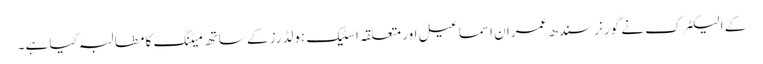
کے الیکٹرک نے گورنر سندھ عمران اسماعیل اور متعلقہ اسٹیک ہولڈرز کے ساتھ میٹنگ کا مطالبہ کیا ہے۔